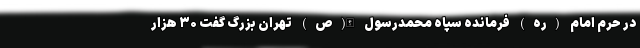
در حرم امام (ره) فرمانده سپاه محمدرسول الله(ص) تهران بزرگ گفت ۳۰ هزار